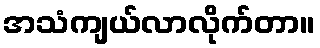
အသံကျယ်လာလိုက်တာ။